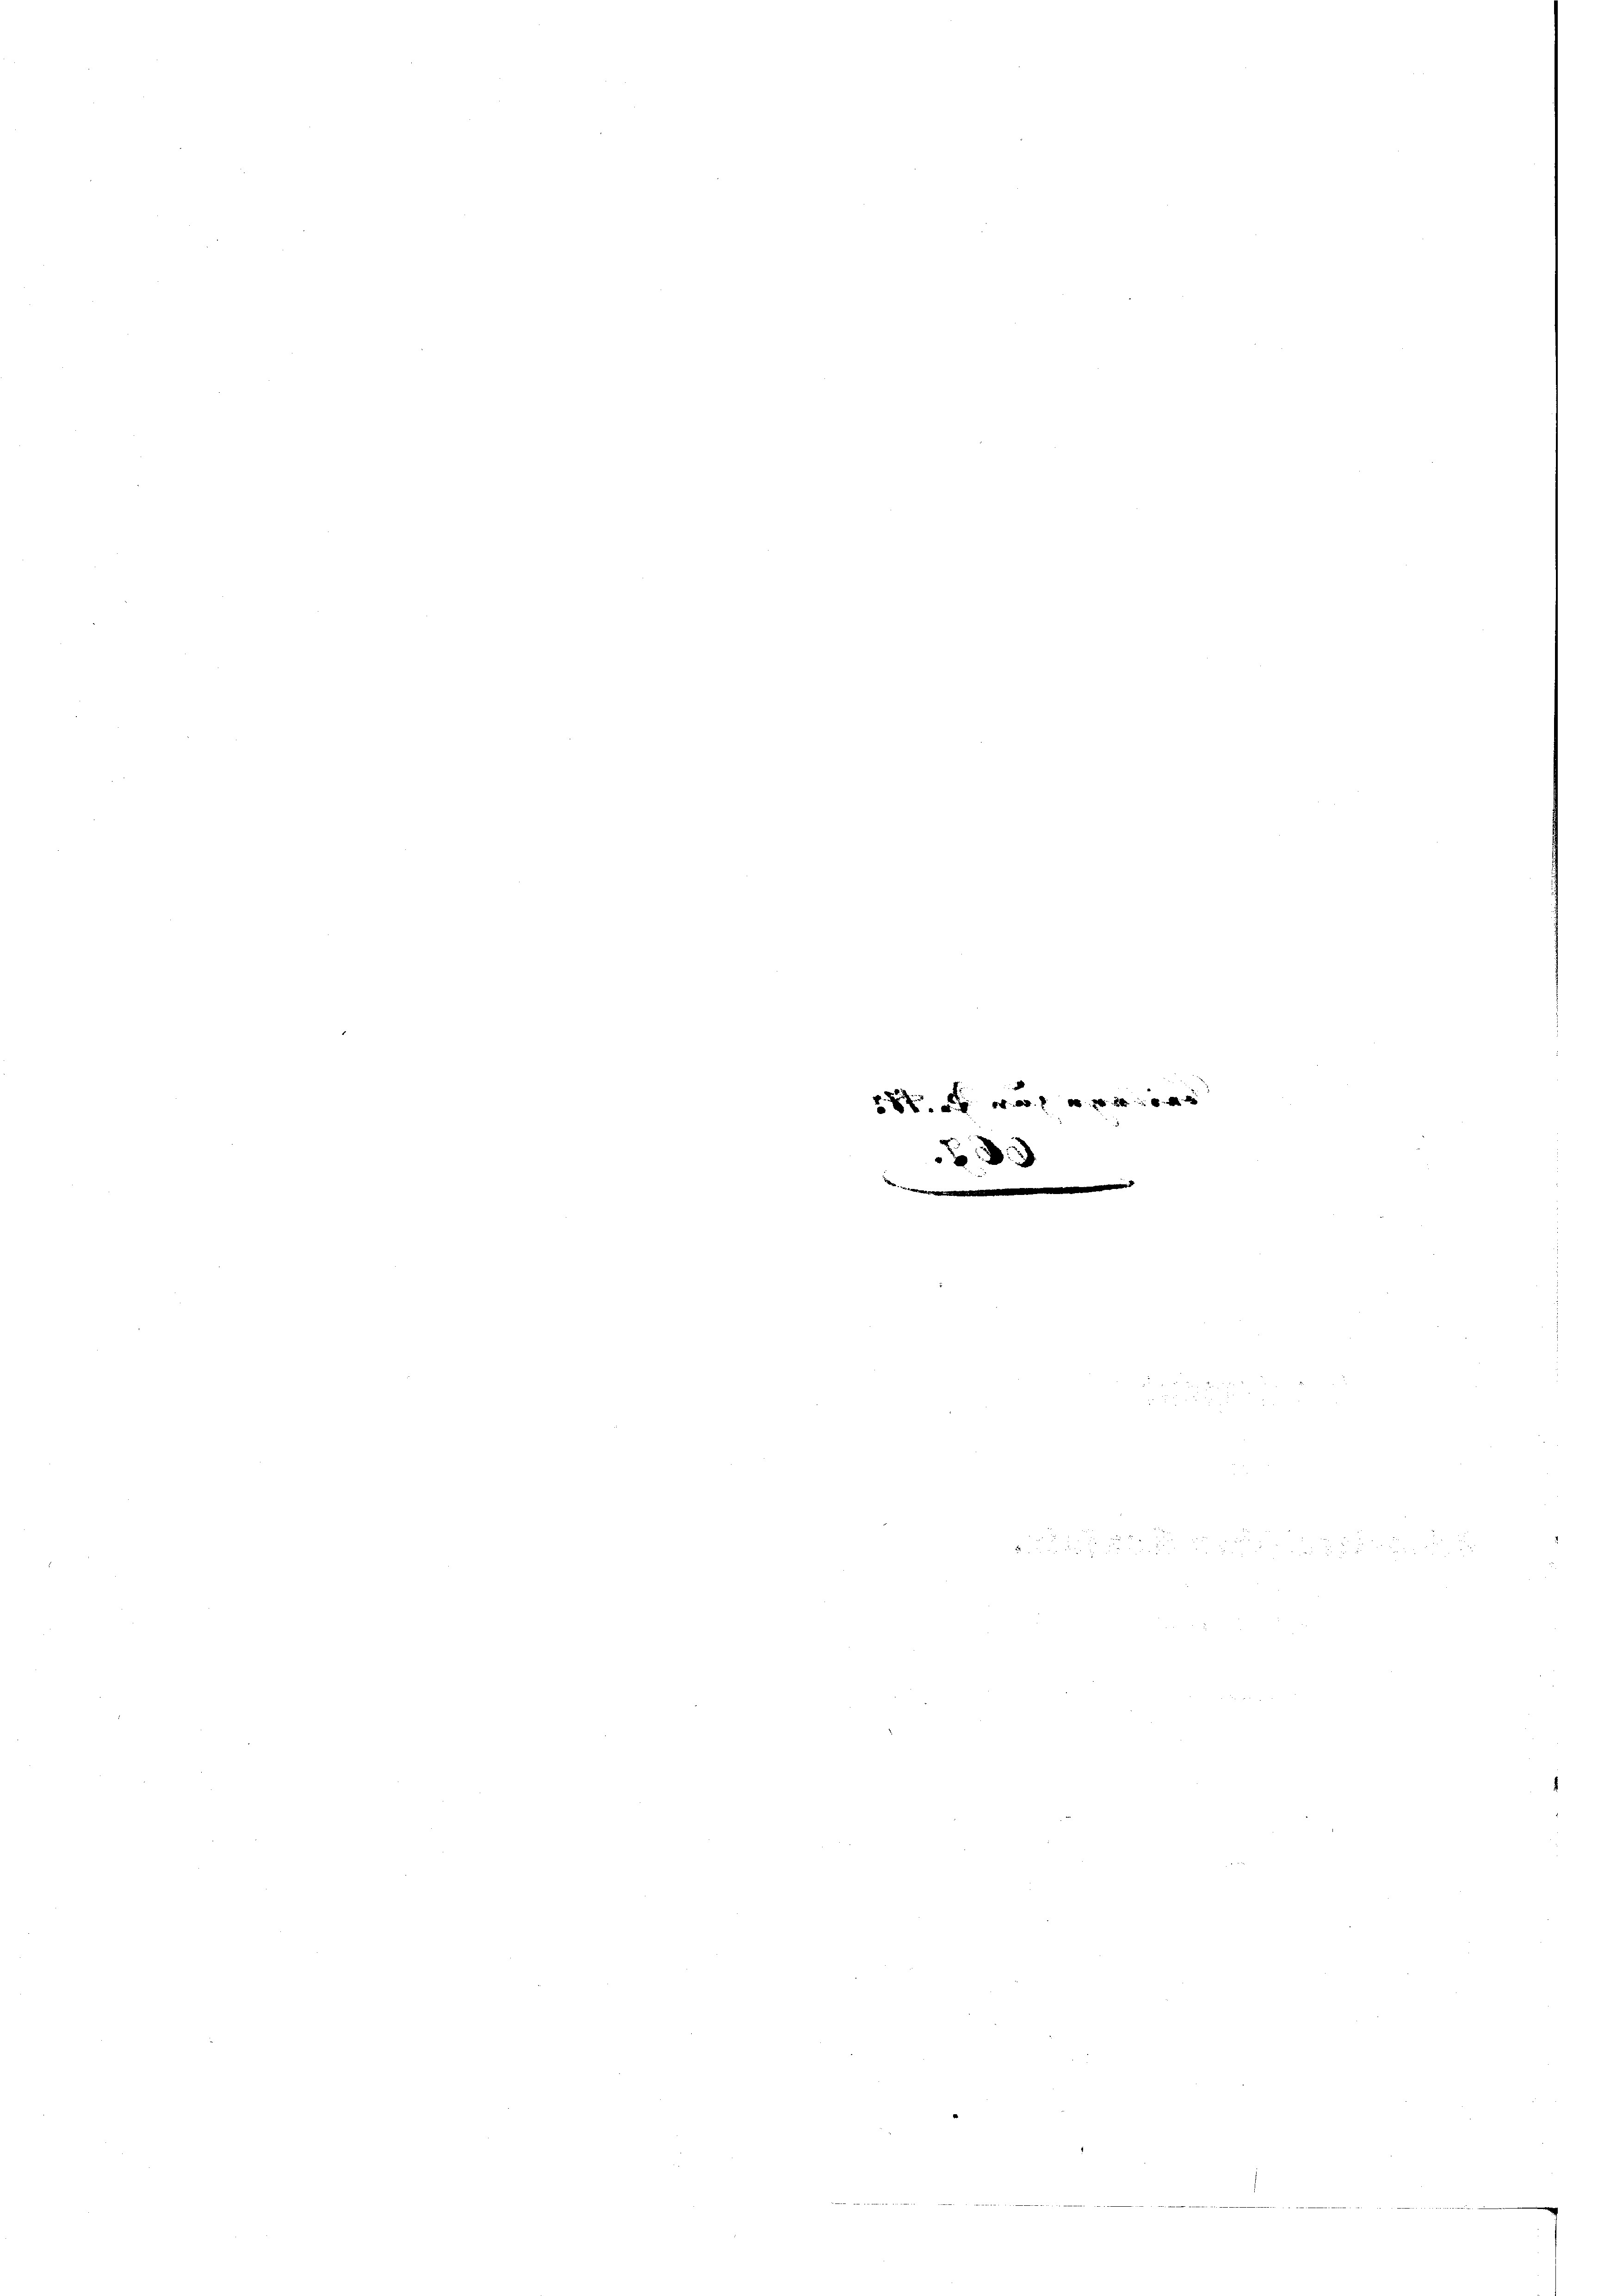
m

e f g e w x 2 f 48 x